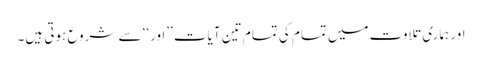
اور ہماری تلاوت میں تمام کی تمام تین آیات ’’اور‘‘ سے شروع ہوتی ہیں۔